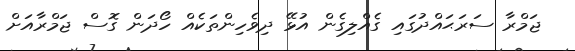
ޖަމްރާ ސަރަޙައްދުގައި ގެއްލިގެން އުޅޭ ދިވެހިންތަކެއް ހޯދަން ގޮސް ޖަމްރާއަށް